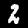
Label: 2